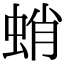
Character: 蛸